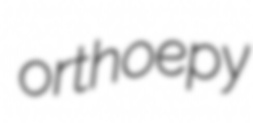
orthoepy